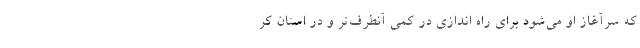
که سرآغاز او می‌شود برای راه اندازی در کمی آنطرف‌تر و در استان کر